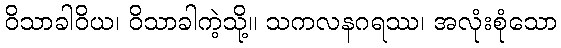
ဝိသာခါဝိယ၊ ဝိသာခါကဲ့သို့။ သကလနဂရဿ၊ အလုံးစုံသော